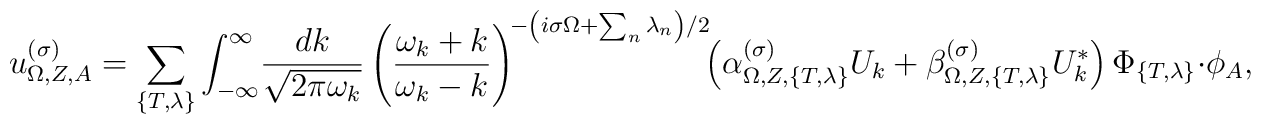
u_{\Omega,Z,A}^{(\sigma)}=\sum_{\{T,\lambda\}}\int_{-\infty}^\infty\! \frac{dk}{\sqrt{2\pi\omega_k}}\left(\frac{\omega_k+k}{\omega_k-k}\right)^{\!-\left(i\sigma\Omega+\sum_n\lambda_n\right)/2}\kern-4pt\left(\alpha_{\Omega,Z,\{T,\lambda\}}^{(\sigma)} U_k+ \beta_{\Omega,Z,\{T,\lambda\}}^{(\sigma)} U_k^*\right)\Phi_{\{T,\lambda\}}\cdot\phi_A ,